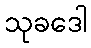
သုခဒေါ